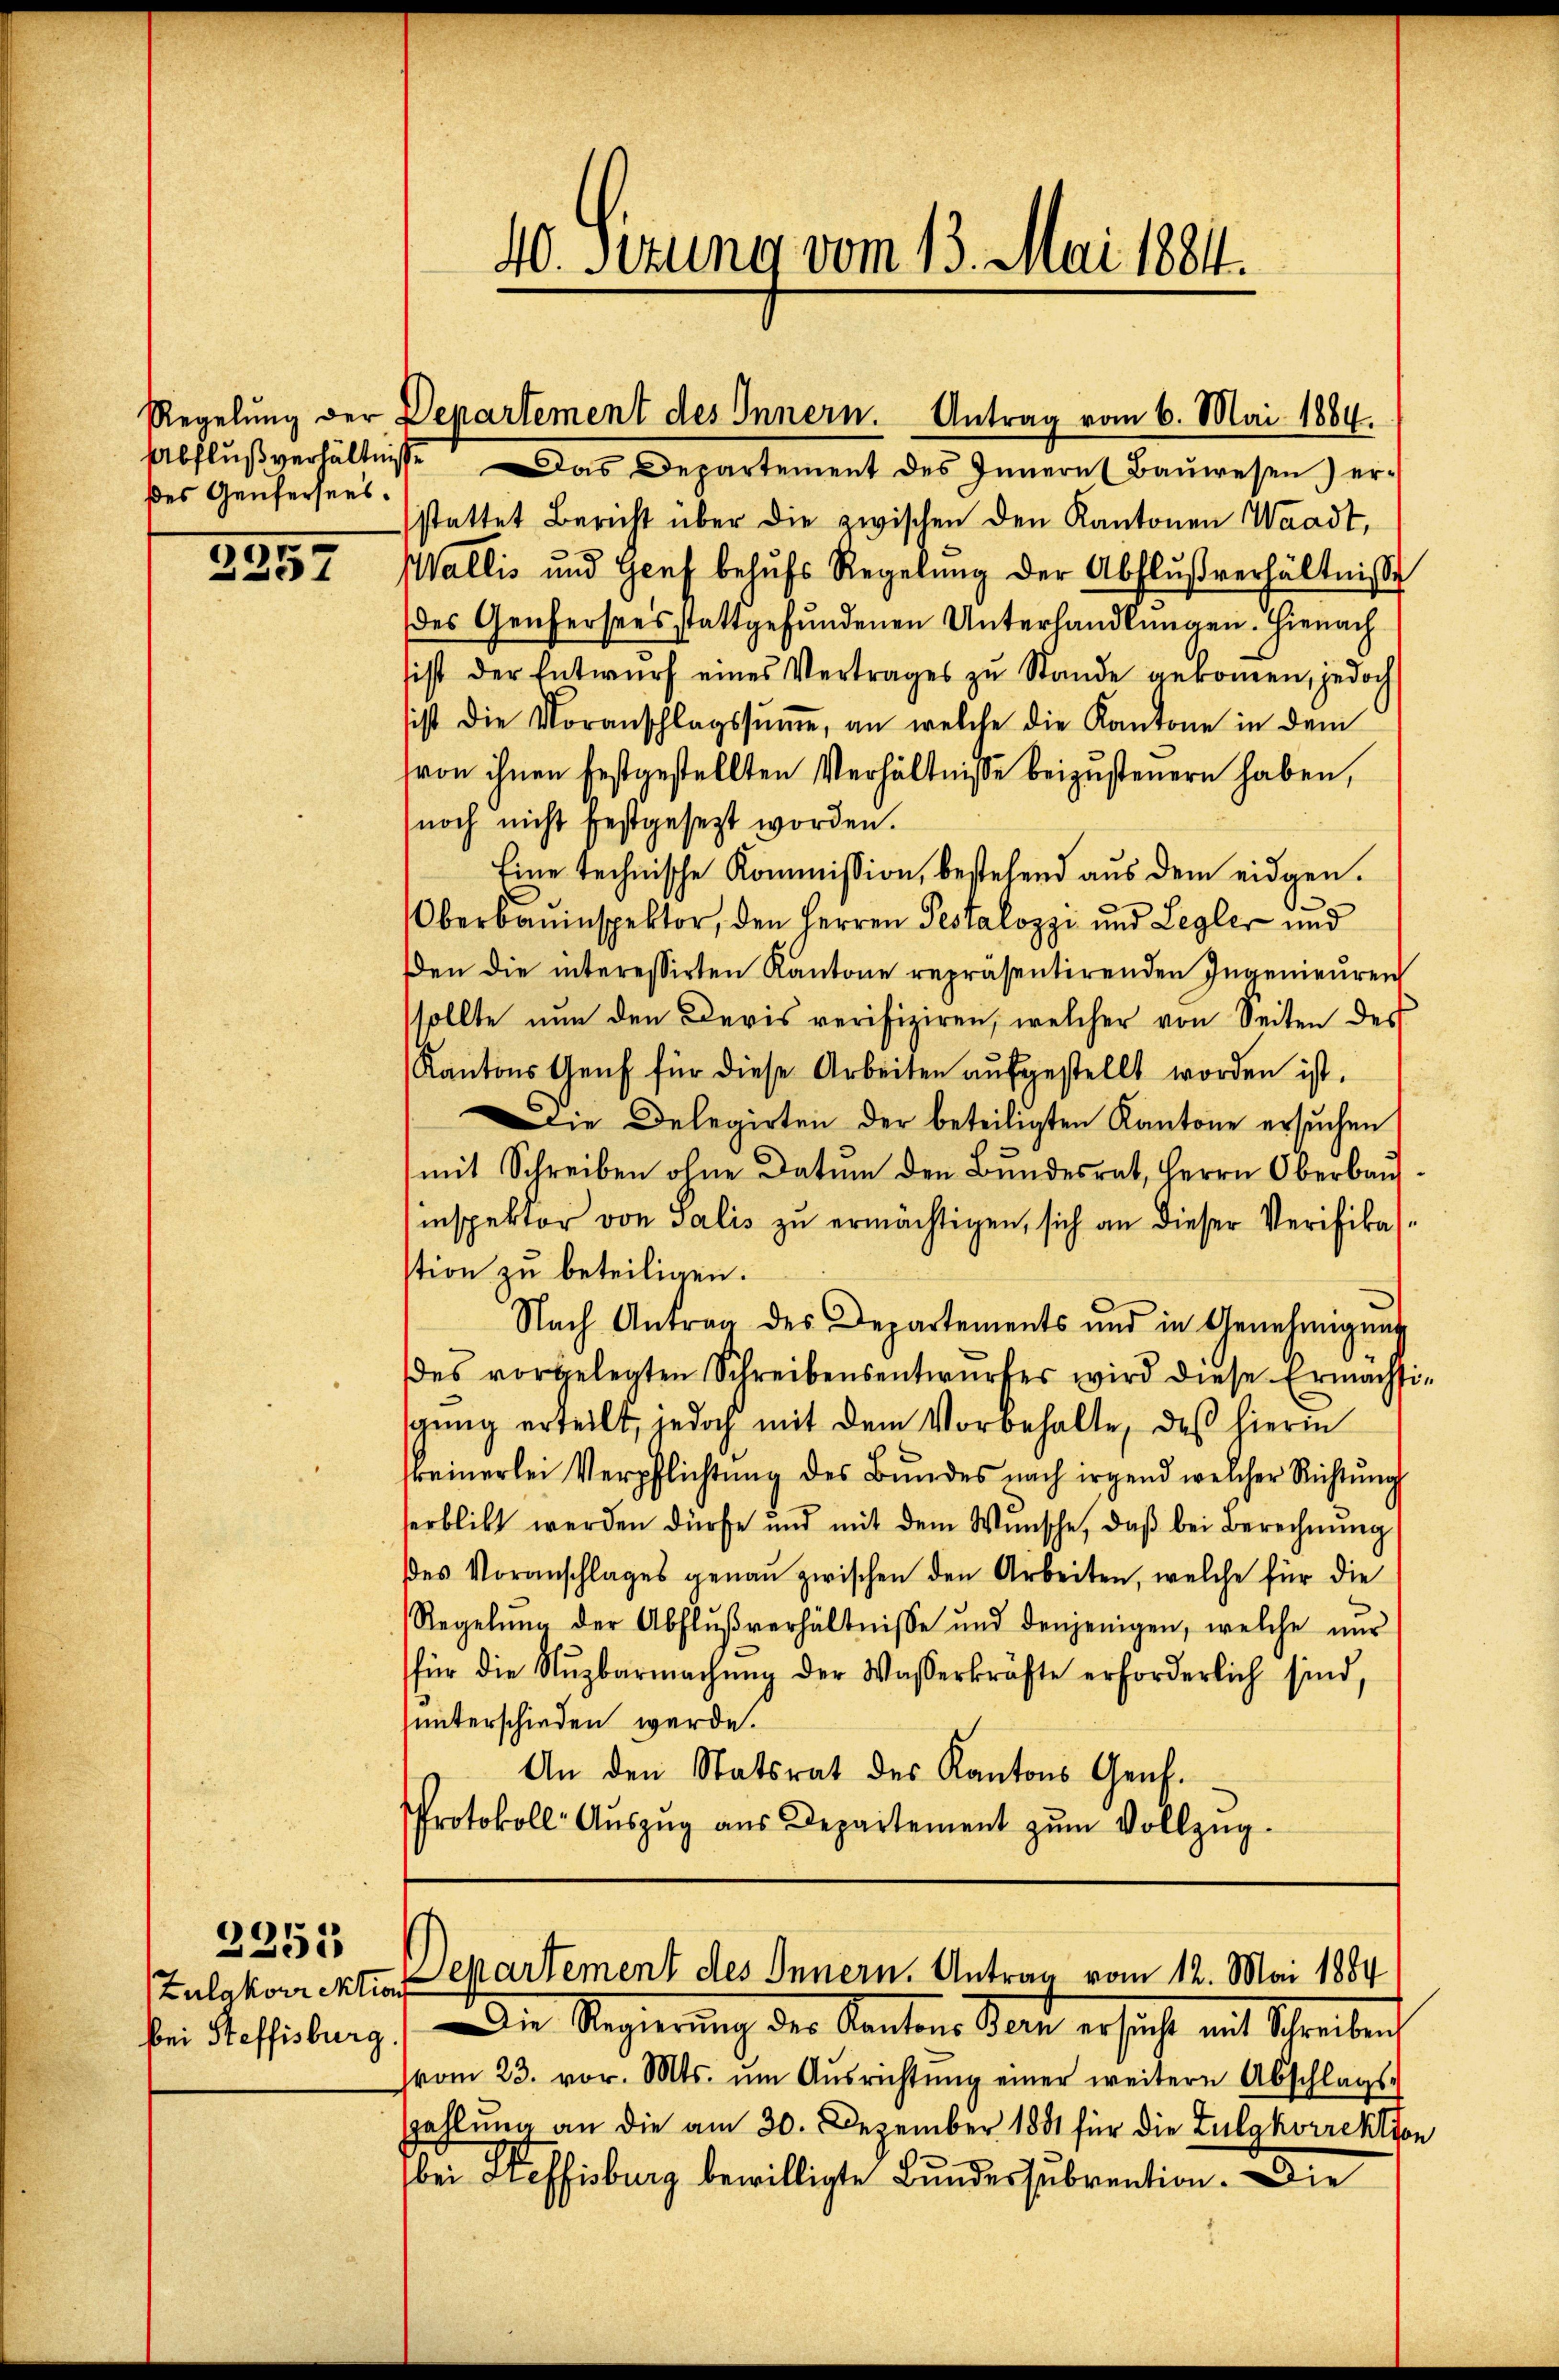
des Genfersees.

3957

2251
bei Steffisburg

Abflußverhältnisse as Departement des Innern Bauwesen) ersstattet Bericht über die zwischen den Kantonen Waadt,
Wallis und Genf behŭfs Regelŭng der Abflußverhältniß
des Genfersees stattgefundenen Unterhandlungen. Hienach
sist der Entwurf eines Vertrages zu Stande gekommen, jedoch
sist die Voranschlagssŭṁe an welche die Kantone in dem
von ihnen festgestellten Verhältnisse beizusteuern haben,
noch nicht festgesezt worden.
Eine technische Kommission, bestehend aus dem eidgen.
.
Oberbauinspektor, den Herren Pestalozzi und Legler und
en die interessirten Kantone repräsentirenden Ingenieŭren
sollte nun den Devis verifiziren, welcher von Seiten des
Kantons Genf für diese Arbeiten aŭfgestellt worden ist.
Die Delegirten der beteiligten Kantone ersŭchen
mit Schreiben ohne Datum den Bundesrat, Herrn Oberbau
inspektor von Salis zu ermächtigen, sich an dieser Verifikastion zu beteiligen.
Nach Antrag des Departements und in Genehmigung
des vorgelegten Schreibensentwŭrfes wird diese Ermachsi-
schŭng erteilt, jedoch mit dem Vorbehalte, des hierin
keinerlei Verpflichtŭng des Bŭndes nach irgend welcher Richtŭng
erblickt werden dürfe und mit dem Wunsche, daβ bei Berechnŭng
ses Voranschlages genaŭ zwischen den Arbeiten, welche für die
Regelŭng der Abflŭβverhältnisse und denjenigen, welche nŭr
für die Nŭzbarmachŭng der Wasserkräfte erforderlich sind,
unterschieden werde.
An den Statsrat des Kantons Genf.
Protokoll- Aŭszŭg aŭs Departement zŭm Vollzŭg.

40. Sitzung vom 13. Mai 18811.

Regelung der Departement des Innern. Antrag vom 6. Mai 1884.

Zulgkorrekten Departement des Innern. Antrag vom 12. Mai 1884
) Die Regierung der Kantons Sanit ersicht mit Streiben,

vom 23. vor. Mts. ŭm Aŭsrichtŭng einer weitere Abschlags-
Zahlung an die am 30. Dezember 1881 für die Zulgkorrektion
bei Steffisburg bewilligte Bundessubvention. Die